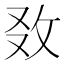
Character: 𢼅